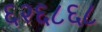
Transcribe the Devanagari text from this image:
६२६८६८